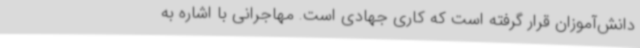
دانش‌آموزان قرار گرفته است که کاری جهادی است. مهاجرانی با اشاره به